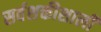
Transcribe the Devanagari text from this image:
सर्वशक्तीशाली